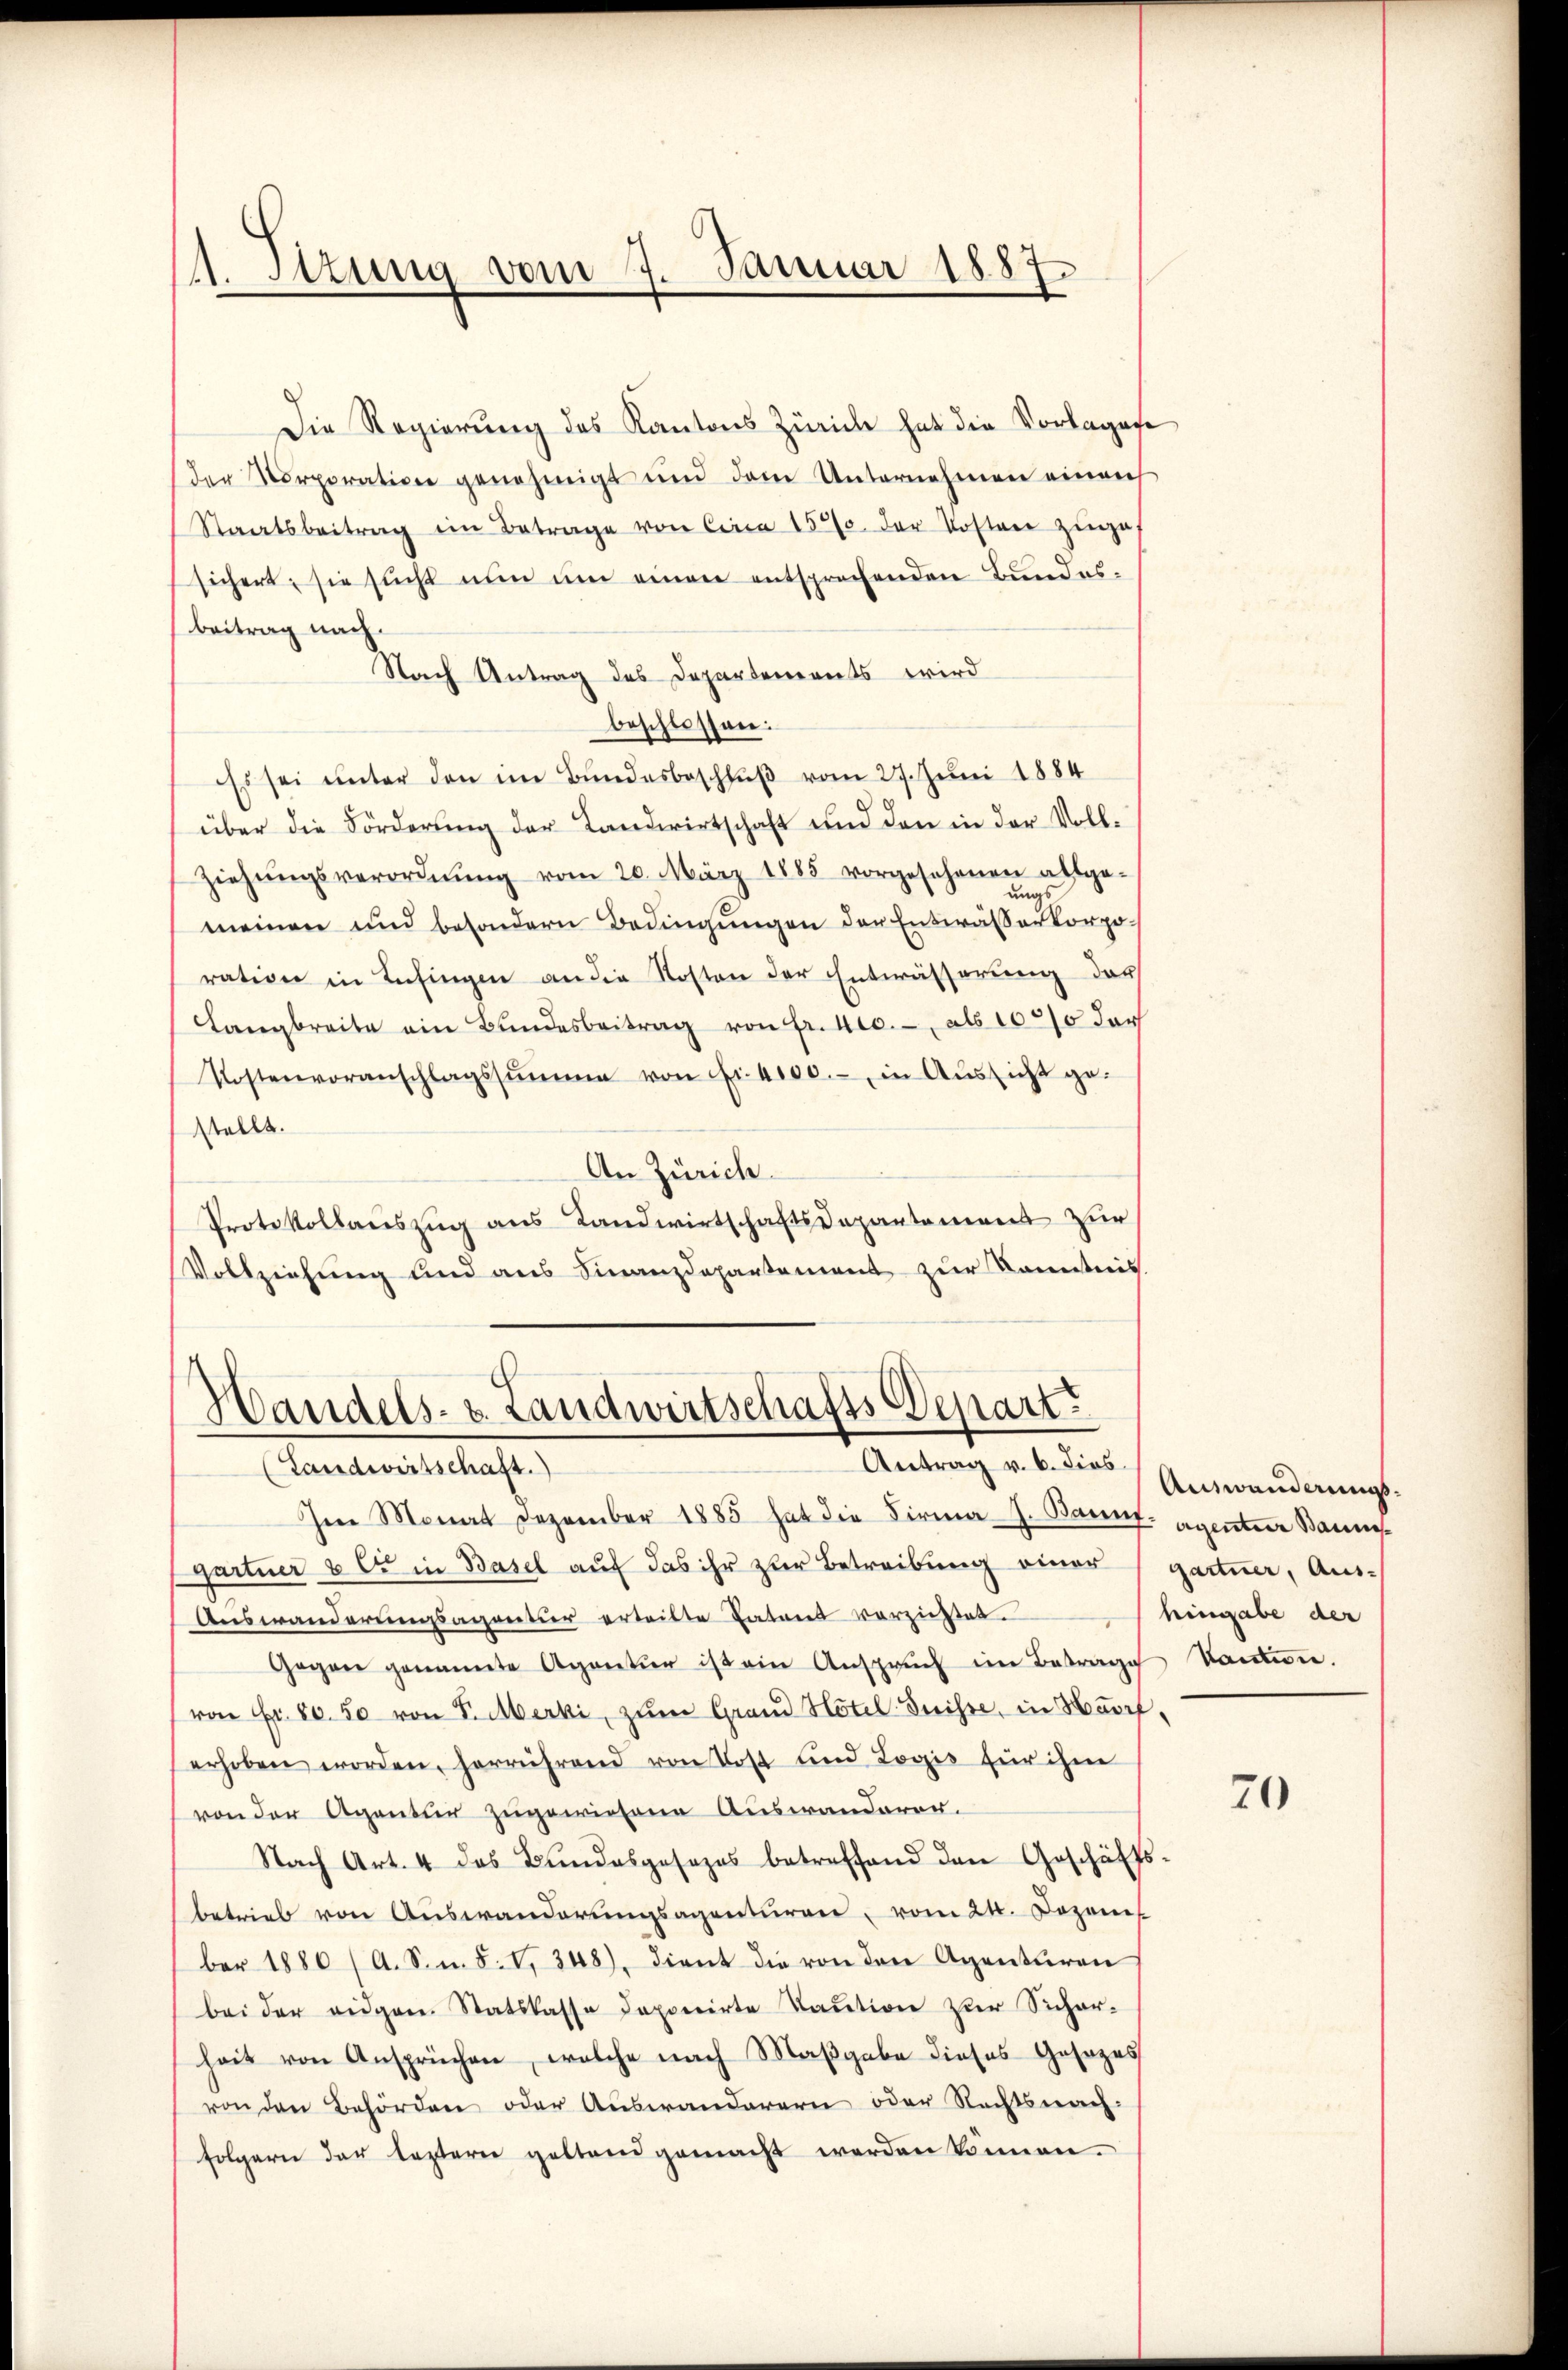
A. Sizung vom 7. Januar 1887.

Die Regierung des Kantons Zürich hat die Vorlagene
der Korporation genehmigt und dem Unternehmen einer
Staatsbeitrag im Betrage von Circa 15. der Kosten zinge
sichert, sie sucht nun um einen entsprechenden Bundesbeitrag nach.
Nach Antrag des Departements wird
beschlossen:
Es sei unter den im Bundesbeschluß vom 27. Juni 1884
über die Förderung der Landwirtschaft und den in der Voll¬
Ziehŭngsverordnŭng vom 20. März 1885 vorgesehenen allge-
meinen und besondern Bedingungen der Entwässer Korporation in Lufingen an die Kosten der Entwässerung der
Langbreite ein Bŭndesbeitrag von fr. 400.- als 100% der
Kostenvoranschlagssumme von Fr. 4100.- in Aussicht gestellt.
An Zürich.
Protokollauszug aus Landwirtschaftsdepartement zur
Vollziehung und aus Finanzdepartement zur Kenntnis.

Handels- u. Landwirtschafts Depart
(Landwirtschaft)
Antrag v. 6. dies Auswanderungs¬

Im Monat Dezember 1885 hat die Firma-J. Bannf-Agentier Bannes
gartner & Cie in Basel auf das ihr zur Betreibung einer (gartner, Aus¬
Auswanderungsagentur erteilte Tatens verzichtet.
Gegen genannte Agentur ist ein Anspruch im Betrage Kantine.
von Fr. 80. 50 von Sr. Merki, zum Grand Hotel Suisse, in Hurf
erhoben worden, herrührend von Post und Logis für ihm
von der Agentur zugewiesene Auswanderen.
Nach Art. 4 das Bundesgesezes betreffend den Geschäfts-
betrieb von Auswanderŭngsagenturen, vom 24. Dozen
ber 1880 (A. S. n. F. V. 348), dient die von den Agentiren
bei der eidgen. Statskasse deponirte Kaution zur Sicher-
heit von Ansprüchen, welche nach Maßgabe dieses Gesezes
von den Behörden oder Auswanderern oder Rechtsnach-
folgern der leztern geltend gemacht werden können.

hingabe der

70